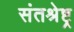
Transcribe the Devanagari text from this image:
संतश्रेष्ट्र